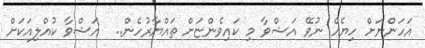
އަހަންނަށް ހިޔެއް ނުވޭ އަޝްވާ މި ކައިވެންޏަށް ތައްޔާރުހެން..  އަޝްވާ ކުއްލިއަކަށް